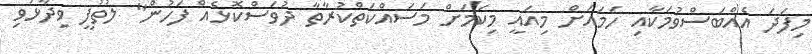
މިފަދަ އެއްބަސްވުމަކާއި ހަަމައަށް މިއައީ މިކަމަށް މަސައްކަތްކުރާތާ ދުވަސްކޮޅެއް ފަހުން" ލުތުފީ ވިދާޅުވި